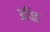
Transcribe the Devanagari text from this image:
अचित